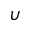
\upsilon